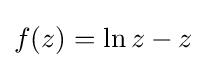
f(z)=\ln {z}-z